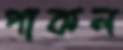
পাকল